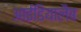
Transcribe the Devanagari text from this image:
आईडियालैब